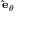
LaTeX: \scriptstyle \mathbf { \hat { e } } _ { \theta }